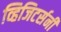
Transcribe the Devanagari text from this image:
व्हिजिटर्सनी